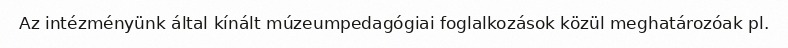
Az intézményünk által kínált múzeumpedagógiai foglalkozások közül meghatározóak pl.